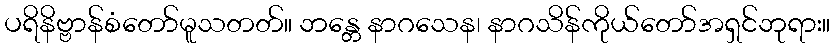
ပရိနိဗ္ဗာန်စံတော်မူသတတ်။ ဘန္တေ နာဂသေန၊ နာဂသိန်ကိုယ်တော်အရှင်ဘုရား။